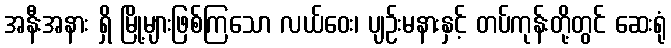
အနီးအနား ရှိ မြို့များဖြစ်ကြသော လယ်ဝေး၊ ပျဉ်းမနားနှင့် တပ်ကုန်းတို့တွင် ဆေးရုံ